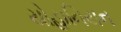
યોહાનિયન